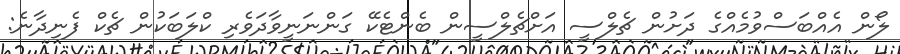
ލޯން އެއްބަސްވުމެއްގެ ދަށުން ޗެލްސީ އަށްޗެލްސީން ބެންޓެކޭ ގަންނަނީވާދަވެރި ކްލަބަކުން ޗެކް ފެނިދާނެ: